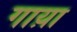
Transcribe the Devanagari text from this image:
गाय़ा